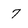
Character: 7